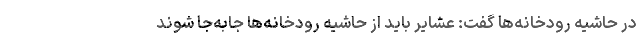
در حاشیه رودخانه‌ها گفت: عشایر باید از حاشیه رودخانه‌ها جابه‌جا شوند